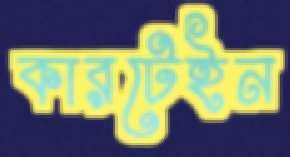
কারটেইন